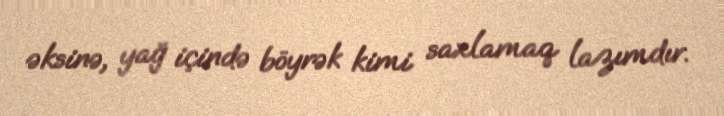
əksinə, yağ içində böyrək kimi saxlamaq lazımdır.